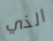
الذي